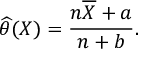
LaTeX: { \widehat { \theta } } ( X ) = { \frac { n { \overline { { X } } } + a } { n + b } } .